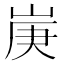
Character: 𡷳